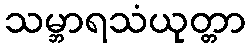
သမ္ဘာရသံယုတ္တာ